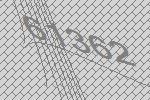
61362